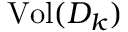
\mathrm { V o l } ( D _ { k } )